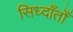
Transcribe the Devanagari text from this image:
सिध्दाँतोँ